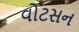
વોટસન